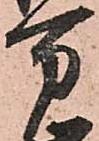
万